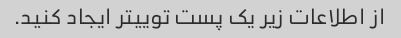
از اطلاعات زیر یک پست توییتر ایجاد کنید.